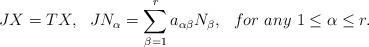
LaTeX: \begin{align*}JX=TX, \ \ JN_{\alpha}=\sum_{\beta=1}^ra_{\alpha\beta}N_{\beta}, \ {\textit \ for \ any} \ 1\leq \alpha\leq r.\end{align*}